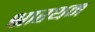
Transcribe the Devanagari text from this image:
श्रारथम